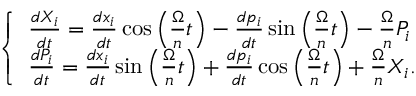
\begin{array} { r } { \left\{ \begin{array} { l } { \frac { d X _ { i } } { d t } = \frac { d x _ { i } } { d t } \cos \Big ( \frac { \Omega } { n } t \Big ) - \frac { d p _ { i } } { d t } \sin \Big ( \frac { \Omega } { n } t \Big ) - \frac { \Omega } { n } P _ { i } } \\ { \frac { d P _ { i } } { d t } = \frac { d x _ { i } } { d t } \sin \Big ( \frac { \Omega } { n } t \Big ) + \frac { d p _ { i } } { d t } \cos \Big ( \frac { \Omega } { n } t \Big ) + \frac { \Omega } { n } X _ { i } . } \end{array} \right. } \end{array}